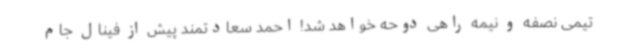
تیمی نصفه و نیمه راهی دوحه خواهد شد! احمد سعادتمند پیش از فینال جام